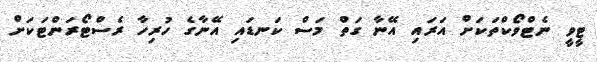
ޓީވީ ނެޓްވޯކްތަކަށް އަރައި އޭނާ ގަތް މަސް ކަނޑައި އޭނާގެ ހުރިހާ ރެސްޓޯރަންޓަކަށް